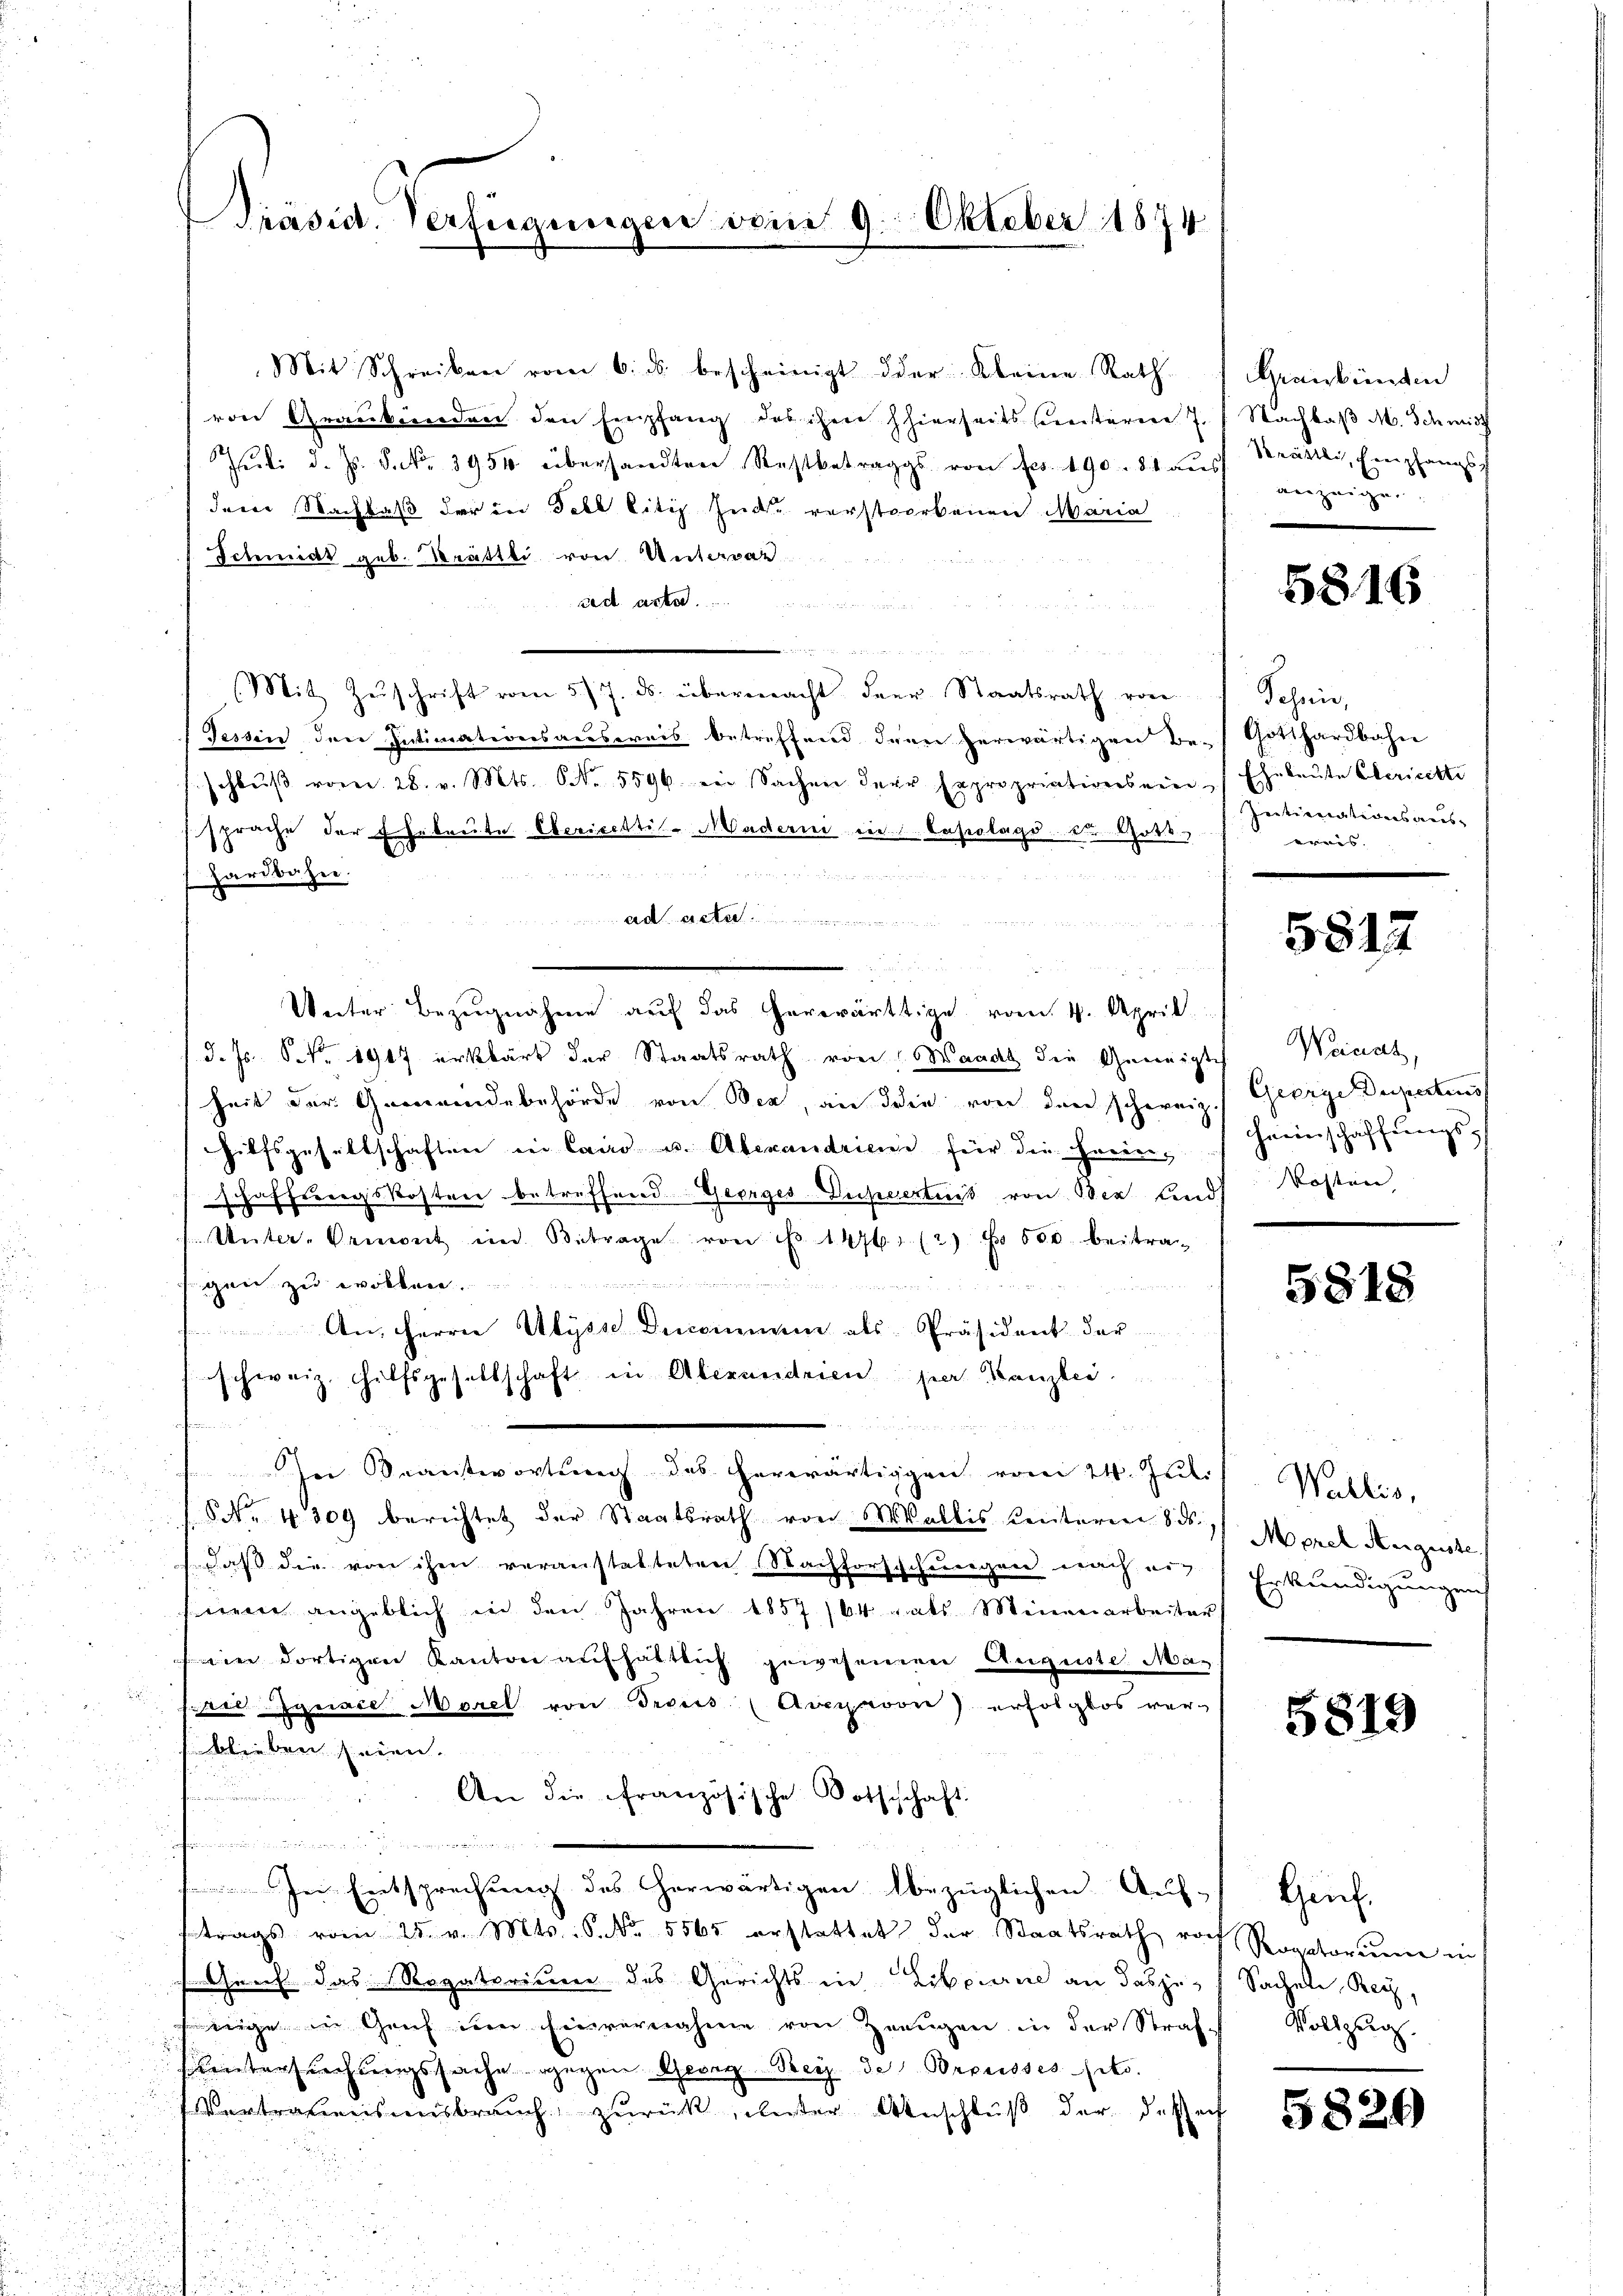
Präsid. Versiegungen vom 9. Oktober 1891

Mit Schreiben vom 6. ds. bescheinigt der Kleine Rath
von Graubünden den Empfang des ihre hierseits sunteren 7. / Nachbaß M. Schmidt
Jŭli d. Js. S. Nr. 3954 übersandten Restbetrags von Fr. 190. 81 aŭs anzeigen,
dem Nachlaß der in Fell litis Ende verstorbenen Maria
Schmidt geb. Brattli von Untervaz
ad acta
 erschen wird der wenn in den von
(Mit Zŭschrift vom 5/7. ds. übermacht der Staatsrath von
Tessin den Intimationsausweis betreffend denn herwärtigen Be-Gotthardbahn
schlŭβ vom 28. v. Mts. S. 5596. ein Sachen dere Expropriationsein Eheleute Gericette
sprache der Eheleute. Obericettil- Maderni in Capolags der Gott

Hardbahn.
ad acte
d
Unter Bezugnahme auf das herwärtige vom 4. April.
d. Js. S. Nr. 1917 erklärt der Staatsrath von Waadt die Geneigtes Weinah
heit der Gemeindebehörde von Bez, an die von den schweiz.
Hilfsgesellschaften in Cairo u. Abexandrien für die Ferienschaffungskosten betreffend Georges-Duheertnis von der und,
Unter-Aemont im Betrage von No 14761 (2) No 600 beitrag
gen zu wollen.
mende un

An Herrn Ulysse Decommen als Präsident dar
schweiz. Hülfsgesellschaft in Aberendrien par Kanzlei
 dire
In Beantwortung des herwärtigen vom 24. Juli
S. 4300 berichtet der Staatsrath von Wallis Centeren 8. ds.
, daß die von ihm veranstatteten Nachforschungen nach eig
sinen angeblich in den Jahren 1857/64 als Minenarbeiter
wie dortigen Kanton aufhältlich gewesenere Auguste Mag
e Jgnace Morel von Trouis (Avexavon erfolglos ver-
blieben seien.
f
An die Französische Bothschaft.
n

Ie Entsprechung des herwärtigen bezüglichen Auf-
trags vom 25. v. Mts. S. Nr. 5565 erstattet der Staatsrath roth Rogatorium in
Genf das Rogatorium des Gerichts in Libourire an dasje
wige in Genf im Einvernahme von Zeugen in der Straft Vollzug.
ntersuchtungssache gegen Georg Bei de Preussessito.
Vertrauensmisbrauch zurück, unter Anschluß der desseit

Graubünden
Prättlich, Empfangs

5816

Schnis,
Intimationsaus-
erris.

5817

George Dupertius
heeinschaffungs
Kosten,

5818

Wallis,
Morel Auguste
Erkundigungen

5819

Henf.
Sachel, Reiz,

5826)